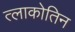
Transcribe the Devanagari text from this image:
त्लाकोतिन